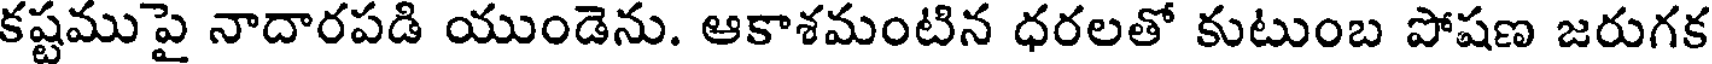
కష్టము పై నాదారపడి యుండెను. ఆకాశమంటిన ధరలతో కుటుంబ పోషణ జరుగక